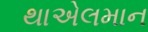
થાએલમાન